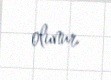
olunur.